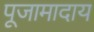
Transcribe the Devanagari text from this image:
पूजामादाय